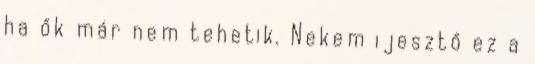
ha ők már nem tehetik. Nekem ijesztő ez a